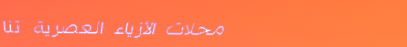
محلات الأزياء العصرية تنا